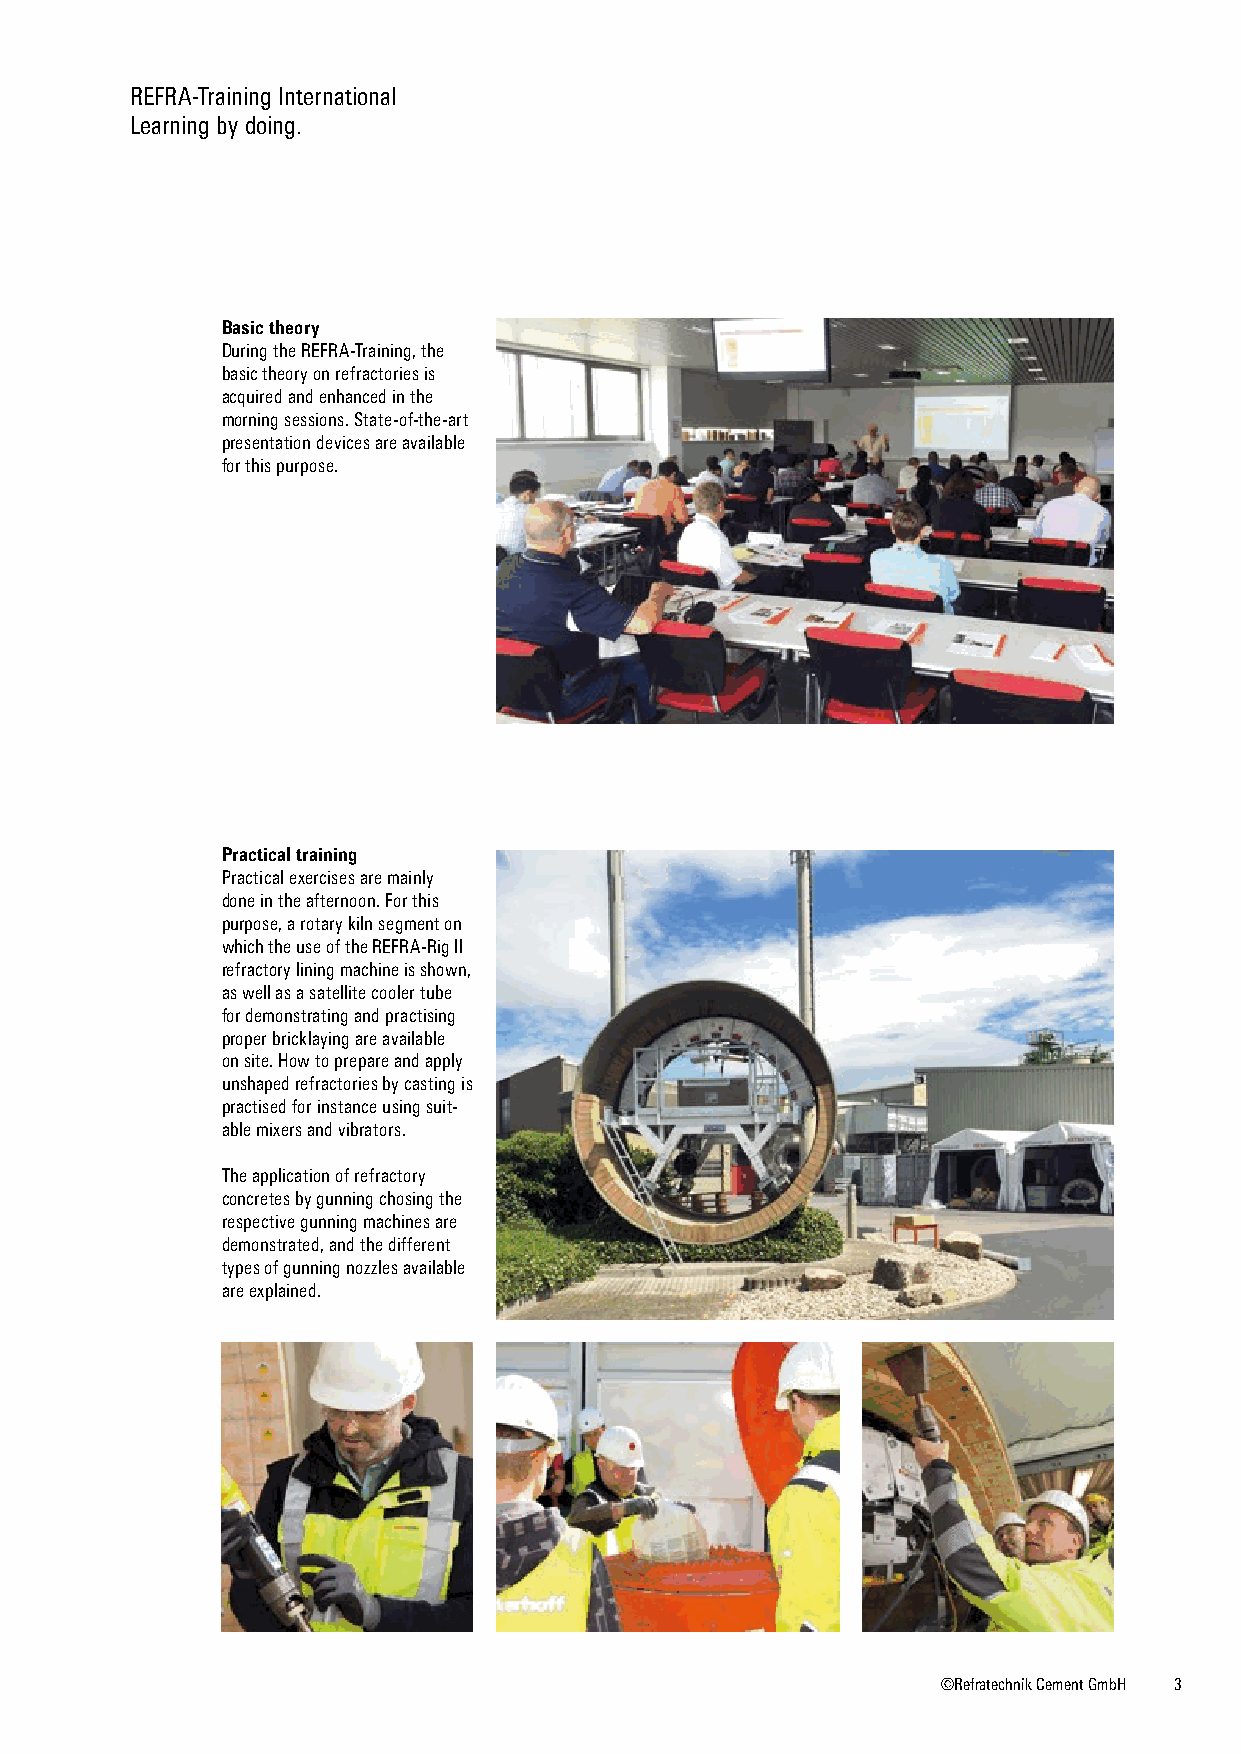
REFRA-Training International
 Learning by doing.
 Basic theory
 During the REFRA-Training, the
 basic theory on refractories is
 acquired and enhanced in the
 morning sessions. State-of-the-art
 presentation devices are available
 for this purpose.
 Practical training
 Practical exercises are mainly
 done in the afternoon. For this
 purpose, a rotary kiln segment on
 which the use of the REFRA-Rig II
 refractory lining machine is shown,
 as well as a satellite cooler tube
 for demonstrating and practising
 proper bricklaying are available
 on site. How to prepare and apply
 unshaped refractories by casting is
 practised for instance using suit-
 able mixers and vibrators.
 The application of refractory
 concretes by gunning chosing the
 respective gunning machines are
 demonstrated, and the different
 types of gunning nozzles available
 are explained.
 ©Refratechnik Cement GmbH 3